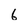
Character: 6